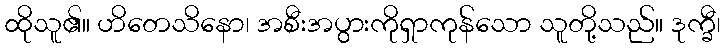
ထိုသူ၏။ ဟိတေသိနော၊ အစီးအပွားကိုရှာကုန်သော သူတို့သည်။ ဒုက္ခီ၊